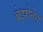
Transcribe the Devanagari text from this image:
ब्रेझोनेग